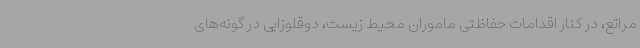
مراتع، در کنار اقدامات حفاظتی ماموران محیط زیست، دوقلوزایی در گونه‌های